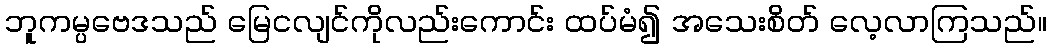
ဘူကမ္ပဗေဒသည် မြေငလျင်ကိုလည်းကောင်း ထပ်မံ၍ အသေးစိတ် လေ့လာကြသည်။